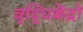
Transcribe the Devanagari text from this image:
वृद्धिकेंद्रों